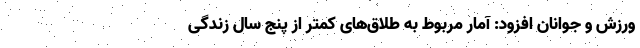
ورزش و جوانان افزود: آمار مربوط به طلاق‌های کمتر از پنج سال زندگی